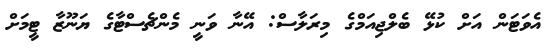
އެވަޓަން އަށް ކުޅޭ ބެލްޖިއަމްގެ މިރަލާސް: އޭނާ ވަނީ މެންޗެސްޓާގެ ޔަނޫޒާ ޓީމަށް